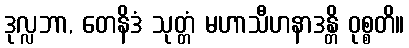
ဒုလ္လဘာ, တေနိဒံ သုတ္တံ မဟာသီဟနာဒန္တိ ဝုစ္စတိ။